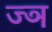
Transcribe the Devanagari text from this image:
ज्‍ञ